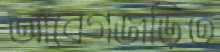
আবেগজড়িত